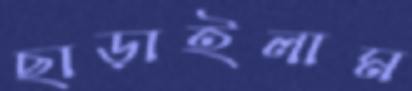
ছাড়াইলাম